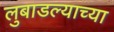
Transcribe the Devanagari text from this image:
लुबाडल्याच्या